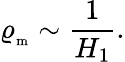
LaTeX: \varrho_{_\mathrm{m}}\sim\frac{1}{H_{1}}.